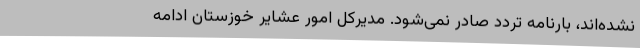
نشده‌اند، بارنامه تردد صادر نمی‌شود. مدیرکل امور عشایر خوزستان ادامه